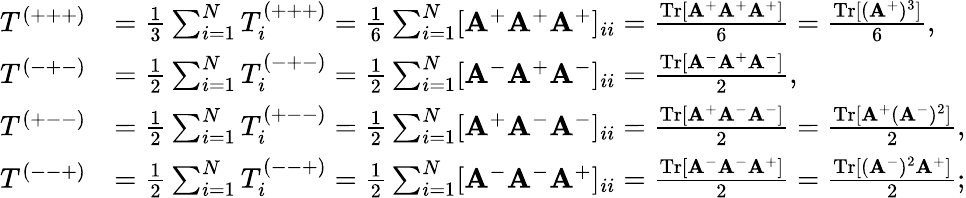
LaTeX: \begin{array}{rl}{T^{(+++)}}&{=\frac{1}{3}\sum_{i=1}^{N}T_{i}^{(+++)}=\frac{1}{6}\sum_{i=1}^{N}[\mathbf{A}^{+}\mathbf{A}^{+}\mathbf{A}^{+}]_{ii}=\frac{\mathrm{Tr}[\mathbf{A}^{+}\mathbf{A}^{+}\mathbf{A}^{+}]}{6}=\frac{\mathrm{Tr}[(\mathbf{A}^{+})^{3}]}{6},}\\ {T^{(-+-)}}&{=\frac{1}{2}\sum_{i=1}^{N}T_{i}^{(-+-)}=\frac{1}{2}\sum_{i=1}^{N}[\mathbf{A}^{-}\mathbf{A}^{+}\mathbf{A}^{-}]_{ii}=\frac{\mathrm{Tr}[\mathbf{A}^{-}\mathbf{A}^{+}\mathbf{A}^{-}]}{2},}\\ {T^{(+--)}}&{=\frac{1}{2}\sum_{i=1}^{N}T_{i}^{(+--)}=\frac{1}{2}\sum_{i=1}^{N}[\mathbf{A}^{+}\mathbf A^{-}\mathbf{A}^{-}]_{ii}=\frac{\mathrm{Tr}[\mathbf{A}^{+}\mathbf{A}^{-}\mathbf{A}^{-}]}{2}=\frac{\mathrm{Tr}[\mathbf{A}^{+}(\mathbf{A}^{-})^{2}]}{2},}\\ {T^{(--+)}}&{=\frac{1}{2}\sum_{i=1}^{N}T_{i}^{(--+)}=\frac{1}{2}\sum_{i=1}^{N}[\mathbf{A}^{-}\mathbf{A}^{-}\mathbf{A}^{+}]_{ii}=\frac{\mathrm{Tr}[\mathbf{A}^{-}\mathbf A^{-}\mathbf{A}^{+}]}{2}=\frac{\mathrm{Tr}[(\mathbf{A}^{-})^{2}\mathbf{A}^{+}]}{2};}\end{array}